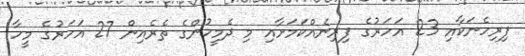
ފިރިހެނަކާއި 23 އަހަރުގެ ފިރިނެއްކަމަށާއި މި ދެމީހުންގެ ތެރެއިން 27 އަހަރުގެ މީހާ